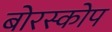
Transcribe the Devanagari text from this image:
बोरस्कोप